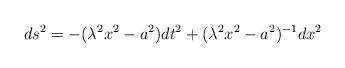
LaTeX: \begin{align*}ds^{2}=-(\lambda^{2}x^{2}-a^{2})dt^{2}+(\lambda^{2}x^{2}-a^{2})^{-1}dx^{2}\end{align*}